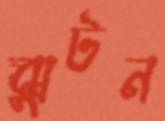
ঝুটন